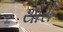
થોરો